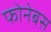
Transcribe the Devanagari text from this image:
फोनेबस